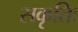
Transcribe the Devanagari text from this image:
सकृतिः